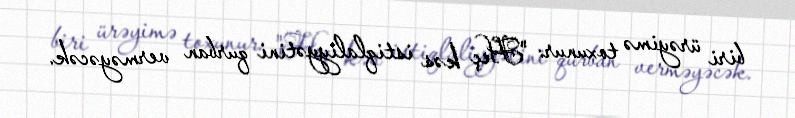
biri ürəyimə toxunur: "Heç kəs istiqlaliyyətini qurban verməyəcək.